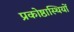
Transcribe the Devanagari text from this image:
प्रकोष्ठास्थियों